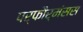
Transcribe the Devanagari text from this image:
पर्फौर्मंसस